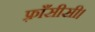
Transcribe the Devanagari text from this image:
फ़्राँसीसी।